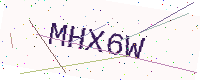
Text: MHX6W